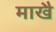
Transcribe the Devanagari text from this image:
माखै